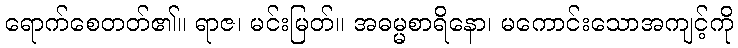
ရောက်စေတတ်၏။ ရာဇ၊ မင်းမြတ်။ အဓမ္မစာရိနော၊ မကောင်းသောအကျင့်ကို